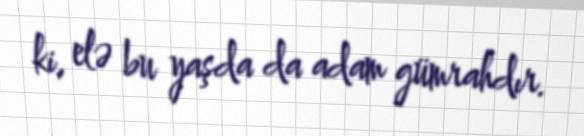
ki, elə bu yaşda da adam gümrahdır.